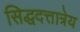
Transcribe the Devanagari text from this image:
सिद्धदत्तात्रेय